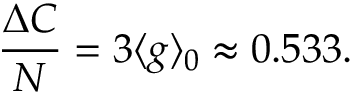
\begin{array} { c c c } { \displaystyle { \frac { \Delta C } { N } = 3 \langle g \rangle _ { 0 } \approx 0 . 5 3 3 . } } \end{array}